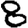
Digit: 8